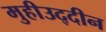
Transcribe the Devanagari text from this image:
मुहीउद्दीन